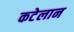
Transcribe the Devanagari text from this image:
कटेलान